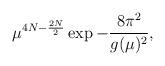
LaTeX: \begin{align*}\mu^{4N-\frac {2N}{2}} \exp - \frac {8 \pi^2}{g(\mu)^2},\end{align*}